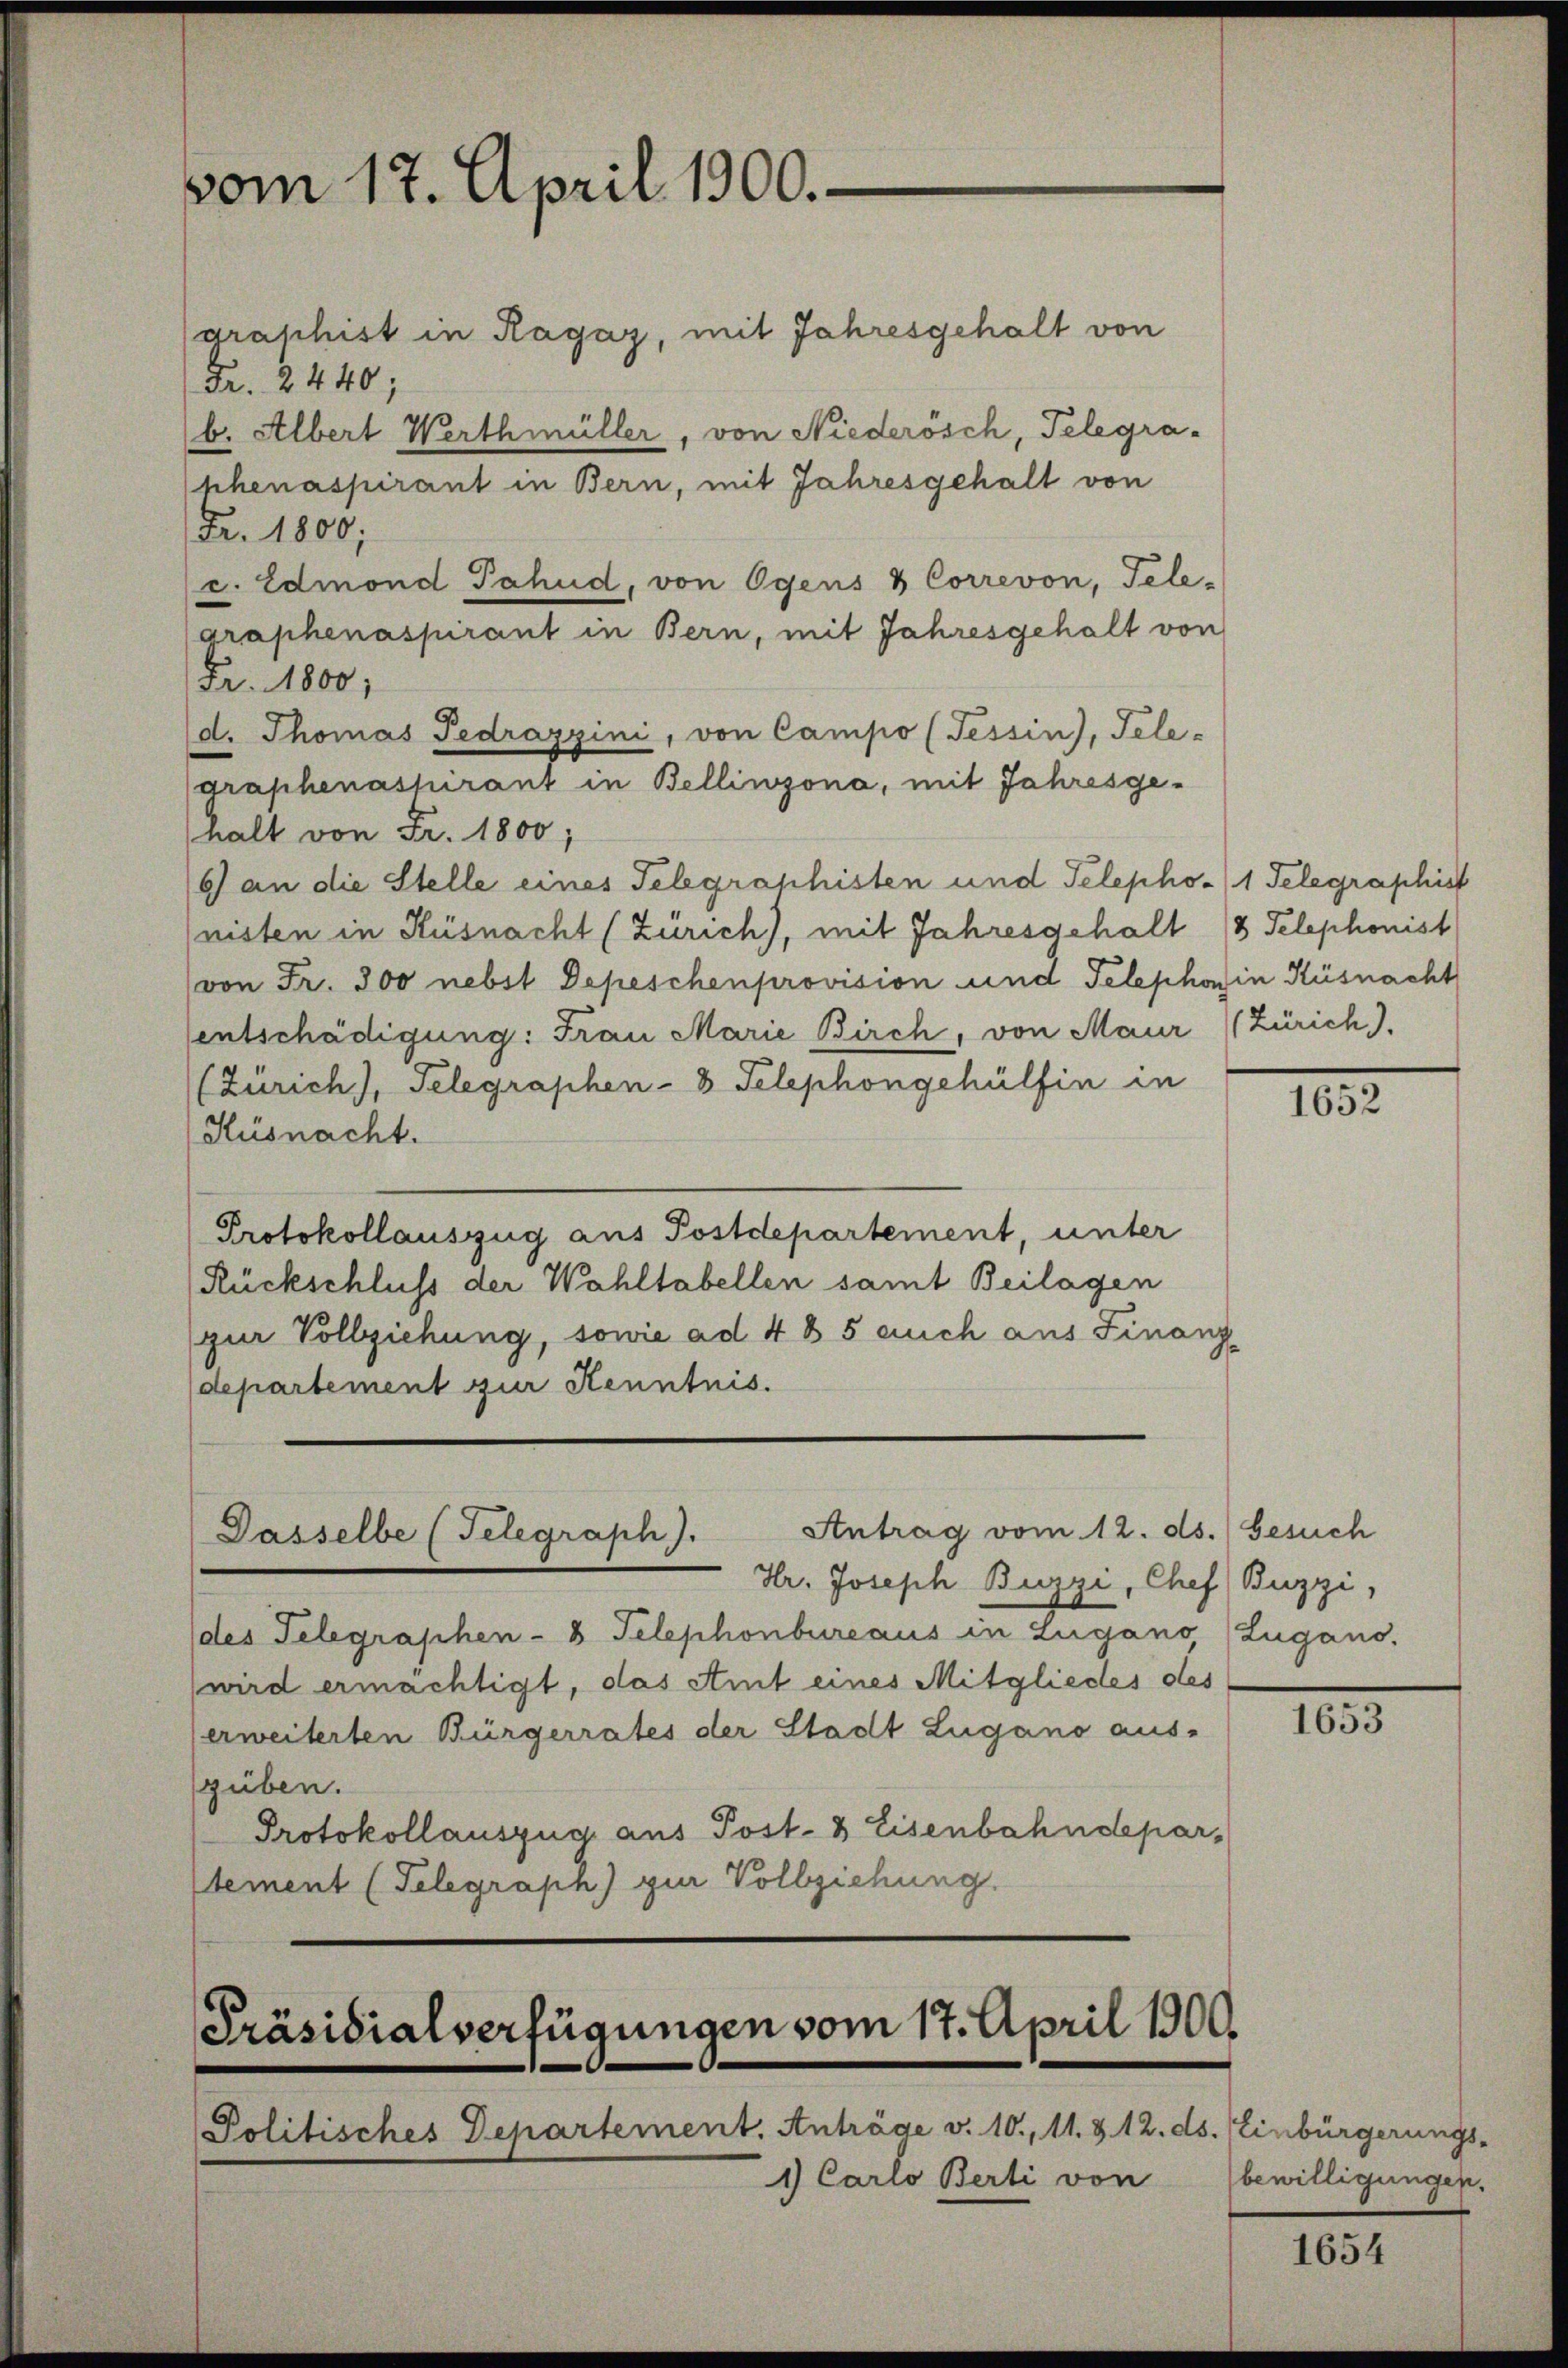
vom 17. April 1900.

Antrag vom 12. ds. Gesuch
Dasselbe (Telegraph).

graphist in Ragaz, mit Jahresgehalt von
(Fr. 2440;
(b. Albert Werthmüller, von Niederösch, Telegrahhenaspirant in Bern, mit Jahresgehalt von
Fr. 1800;
(c. Edmond Jahnd, von Ogens & Correvon, Tele-
graphenaspirant in Bern, mit Jahresgehalt von
Fr. 1800;
d. Thomas Tedrazzini, von Campo (Tessin, Tele-
graphenaspirant in Bellinzona, mit Jahresgehalt von Fr. 1800;
6) an die Stelle eines Telegraphisten und Telepho-/1 Telegraphist
nisten in Küsnacht (Zürich), mit Jahresgehalt 8 Telephonist
(von Fr. 300 nebst Depeschenprovision und Telephonin Küsnacht
sentschädigung: Frau Marie Birch, von Maur (Zürich).
(Zürich), Telegraphen- & Telephongehülfen in
Küsnacht.
Protokollauszug aus Postdepartement, unter
Rückschluss der Wahltabellen samt Beilagen
zur Vollziehung, sowie ad 485 auch aus Finanz
departement zur Kenntnis.

Hr. Joseph Buzzi, Chef Buzzi,
des Telegraphen- & Telephonbureaus in Zugano Lugano.
wird ermächtigt, das Amt eines Mitgliedes des
erweiterten Bürgerrates der Stadt Lugano aus-
güben.
Protokollauszug aus Post- & Eisenbahndeparstement (Telegraph) zur Vollziehung

Präsidialverfügungen vom 17. April 1900

Politisches Departement. Anträge v. 10., 11. § 12. ds. Einbürgerungs-
1) Carlo Berli von

1652

1653

bewilligungen.

1654